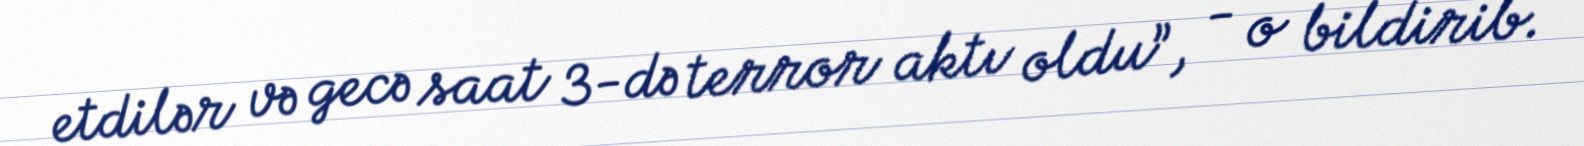
etdilər və gecə saat 3-də terror aktı oldu”, - o bildirib.